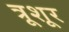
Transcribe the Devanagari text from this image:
त्रूशूर